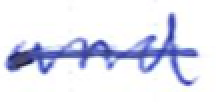
Text: and
Cross-out: single-line
Writing tool: ballpoint